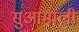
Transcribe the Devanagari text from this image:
सुआमाली